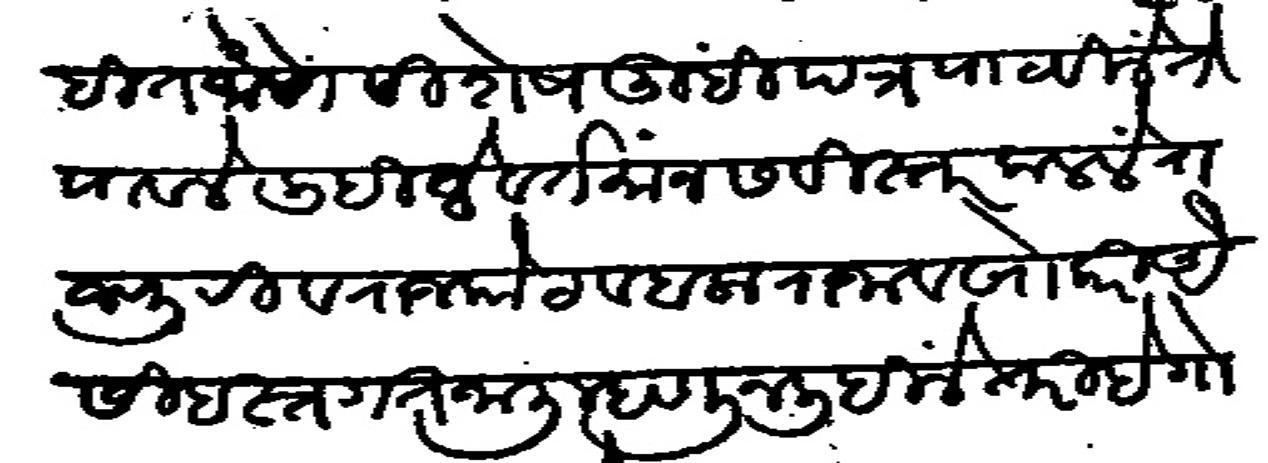
Transliteration (Devanagari): लेहीत जाणे विशेष तुम्ही पत्र पाठवीले ते पावले लिहीले वर्तमान सविस्तर कळले राजपुरी व राजकोट व बलाराजा व खोकरी ऐशी हस्तगत जाली म्हणून लिहीले तरी हे गोष्ट